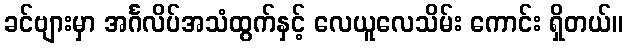
ခင်ဗျားမှာ အင်္ဂလိပ်အသံထွက်နှင့် လေယူလေသိမ်း ကောင်း ရှိတယ်။